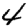
Digit: 4